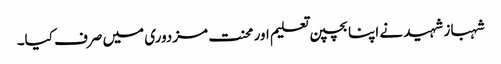
شہباز شہید نے اپنا بچپن تعلیم اور محنت مزدوری میں صرف کیا۔